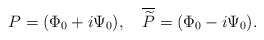
\begin{align*}P=(\Phi_0+i\Psi_0), \quad\overline {\widetilde P}=(\Phi_0-i\Psi_0).\end{align*}